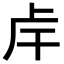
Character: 𢆌